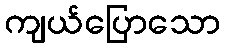
ကျယ်ပြောသော